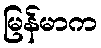
မြန်မာက